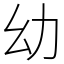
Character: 幼